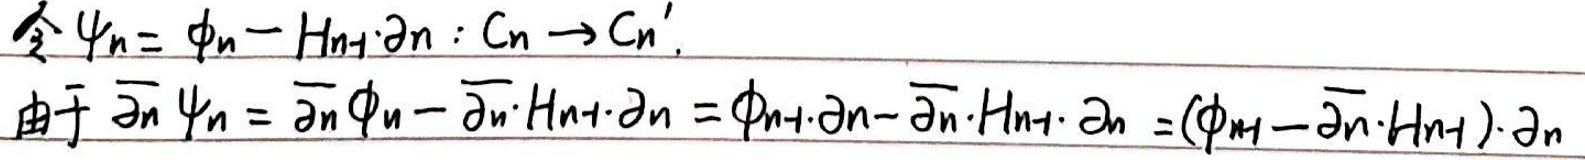
令\( \psi_n = \phi_n - H_{n - 1}\partial_n:C_n\to C_n'.\)\\
由于\( \overline{\partial}_n\psi_n=\overline{\partial}_n\phi_n-\overline{\partial}_n\cdot H_{n - 1}\cdot\partial_n=\phi_{n - 1}\partial_n-\overline{\partial}_n\cdot H_{n - 1}\cdot\partial_n=(\phi_{n - 1}-\overline{\partial}_n\cdot H_{n - 1})\cdot\partial_n\)